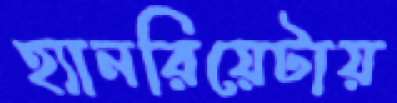
হ্যানরিয়েটায়